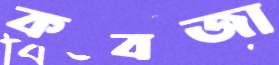
কবজা